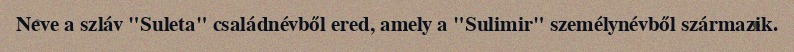
Neve a szláv "Suleta" családnévből ered, amely a "Sulimir" személynévből származik.